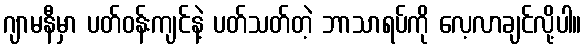
ဂျာမနီမှာ ပတ်ဝန်းကျင်နဲ့ ပတ်သတ်တဲ့ ဘာသာရပ်ကို လေ့လာချင်လို့ပါ။